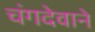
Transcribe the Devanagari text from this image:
चंगदेवाने